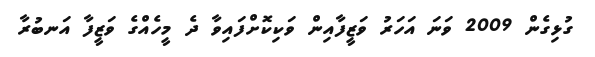
ގުޅިގެން 2009 ވަނަ އަހަރު ވަޒީފާއިން ވަކިކޮށްފައިވާ ދެ މީހެއްގެ ވަޒީފާ އަނބުރާ